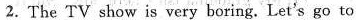
2. The TV show is very boring. Let's go to